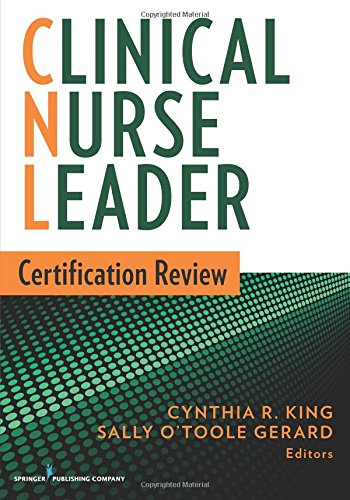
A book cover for Clinical Nurse Leader Certification Review; Medical Books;